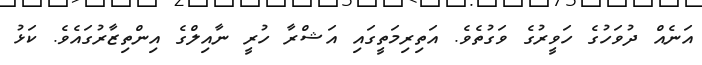
އަނެއް ދުވަހުގެ ހަވީރުގެ ވަގުތެވެ. އަތިރިމަތީގައި އަޝްރާ ހުރީ ނާއިލްގެ އިންތިޒާރުގައެވެ. ކަޅު